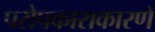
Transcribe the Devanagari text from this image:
परोपकाराकारणे